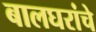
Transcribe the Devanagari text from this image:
बालघरांचे